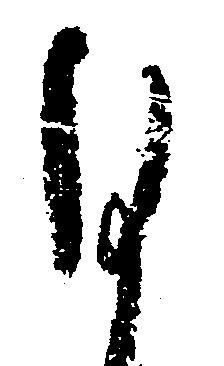
ひ